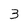
Character: 3